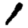
Digit: 1